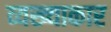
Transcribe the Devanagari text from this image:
व्यख्याकार